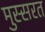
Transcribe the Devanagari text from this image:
मुस्सरत